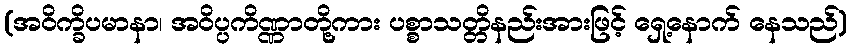
(အဝိက္ခိပမာနာ၊ အဝိပ္ပကိဏ္ဏာတို့ကား ပစ္စာသတ္တိနည်းအားဖြင့် ရှေ့နောက် နေသည်)